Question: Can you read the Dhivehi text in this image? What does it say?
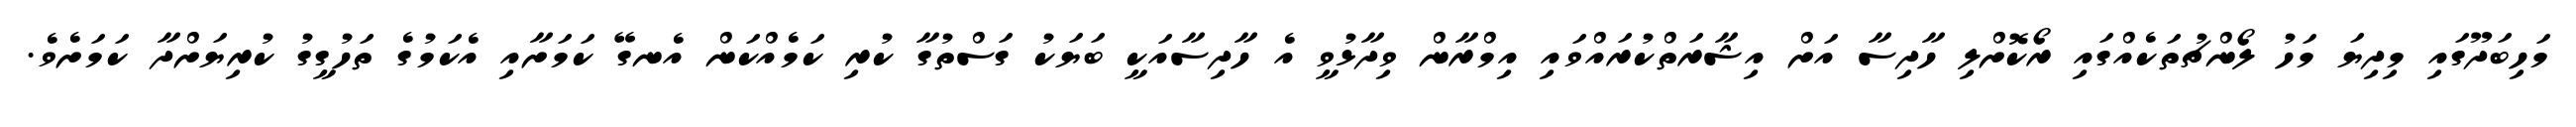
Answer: މަހިބަދޫގައި މިދިޔަ މަހު ލޯންޗުތަކެއްގައި ރޯކޮށްލި ހާދިސާ އަށް އިޝާރަތްކުރައްވައި އިމްރާން ވިދާޅުވީ އެ ހާދިސާއަކީ ބަޔަކު ގަސްތުގާ ކުރި ކަމެއްކަން އެނގޭ ކަމަށާއި އެކަމުގެ ތަހުގީގު ކުރިޔަށްދާ ކަމަށެވެ.